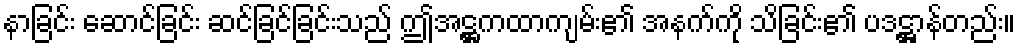
နာခြင်း ဆောင်ခြင်း ဆင်ခြင်ခြင်းသည် ဤအဋ္ဌကထာကျမ်း၏ အနက်ကို သိခြင်း၏ ပဒဋ္ဌာန်တည်း။